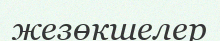
жезөкшелер